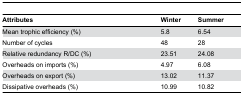
| Attributes | Winter | Summer |
 | --- | --- | --- |
 | Mean trophic efficiency (%) | 5.8 | 6.54 |
 | Number of cycles | 48 | 28 |
 | Relative redundancy R/DC (%) | 23.51 | 24.08 |
 | Overheads on imports (%) | 4.97 | 6.08 |
 | Overheads on export (%) | 13.02 | 11.37 |
 | Dissipative overheads (%) | 10.99 | 10.82 |